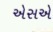
એસએ